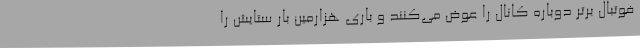
فوتبال برتر دوباره کانال را عوض می‌کنند و باری هزارمین بار ستایش را